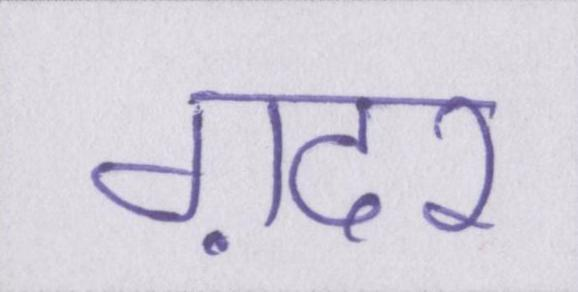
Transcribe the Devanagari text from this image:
ग़दर